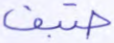
ضيف